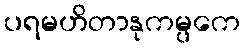
ပရမဟိတာနုကမ္ပကေ